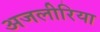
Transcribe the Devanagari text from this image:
अजलीरिया